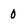
Character: 0